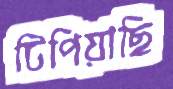
টিপিয়াছি